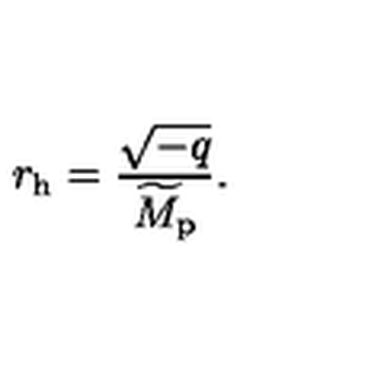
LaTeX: r _ { \mathrm { h } } = { \frac { \sqrt { - q } } { \widetilde { M } _ { \mathrm { p } } } } .